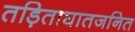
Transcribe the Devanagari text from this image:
तड़िताघातजनित